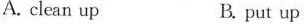
A. clean up B. put up